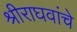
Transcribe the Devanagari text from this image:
श्रीराघवांचे